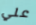
علي